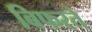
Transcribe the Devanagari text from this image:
बिफरते